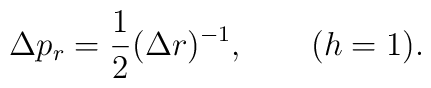
\Delta p_{r} = \frac{1}{2} (\Delta r)^{-1}, ~~~~~~(h = 1).